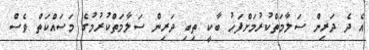
އެ ދެ ދަރިން ސަލާމަތްކުރުމަށްފަހު ބާކީ ތިބި ދަރިން ސަލާމަތްކުރުމުގެ މަސައްކަތް ވެސް